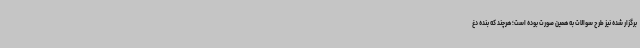
برگزار شده نیز طرح سوالات به همین صورت بوده است؛ هرچند که بنده دغ